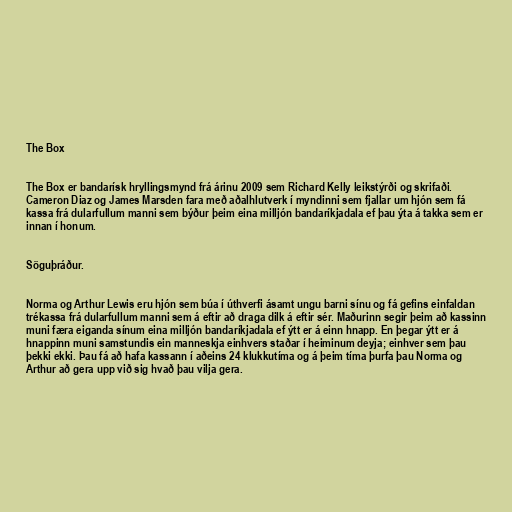
The Box

The Box er bandarísk hryllingsmynd frá árinu 2009 sem Richard Kelly leikstýrði og skrifaði.
Cameron Diaz og James Marsden fara með aðalhlutverk í myndinni sem fjallar um hjón sem fá
kassa frá dularfullum manni sem býður þeim eina milljón bandaríkjadala ef þau ýta á takka sem er
innan í honum.

Söguþráður.

Norma og Arthur Lewis eru hjón sem búa í úthverfi ásamt ungu barni sínu og fá gefins einfaldan
trékassa frá dularfullum manni sem á eftir að draga dilk á eftir sér. Maðurinn segir þeim að kassinn
muni færa eiganda sínum eina milljón bandaríkjadala ef ýtt er á einn hnapp. En þegar ýtt er á
hnappinn muni samstundis ein manneskja einhvers staðar í heiminum deyja; einhver sem þau
þekki ekki. Þau fá að hafa kassann í aðeins 24 klukkutíma og á þeim tíma þurfa þau Norma og
Arthur að gera upp við sig hvað þau vilja gera.